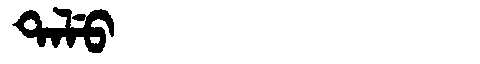
Manchu: ᡨᠠᠯᡠ
Romanization: TALU